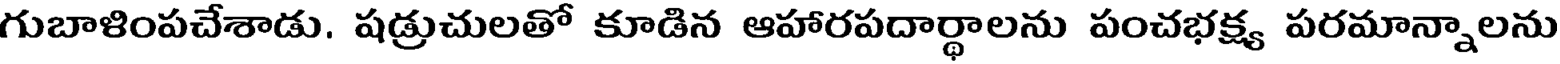
గుబాళింపచేశాడు. షడ్రుచులతో కూడిన ఆహారపదార్థాలను పంచభక్ష్య పరమాన్నాలను